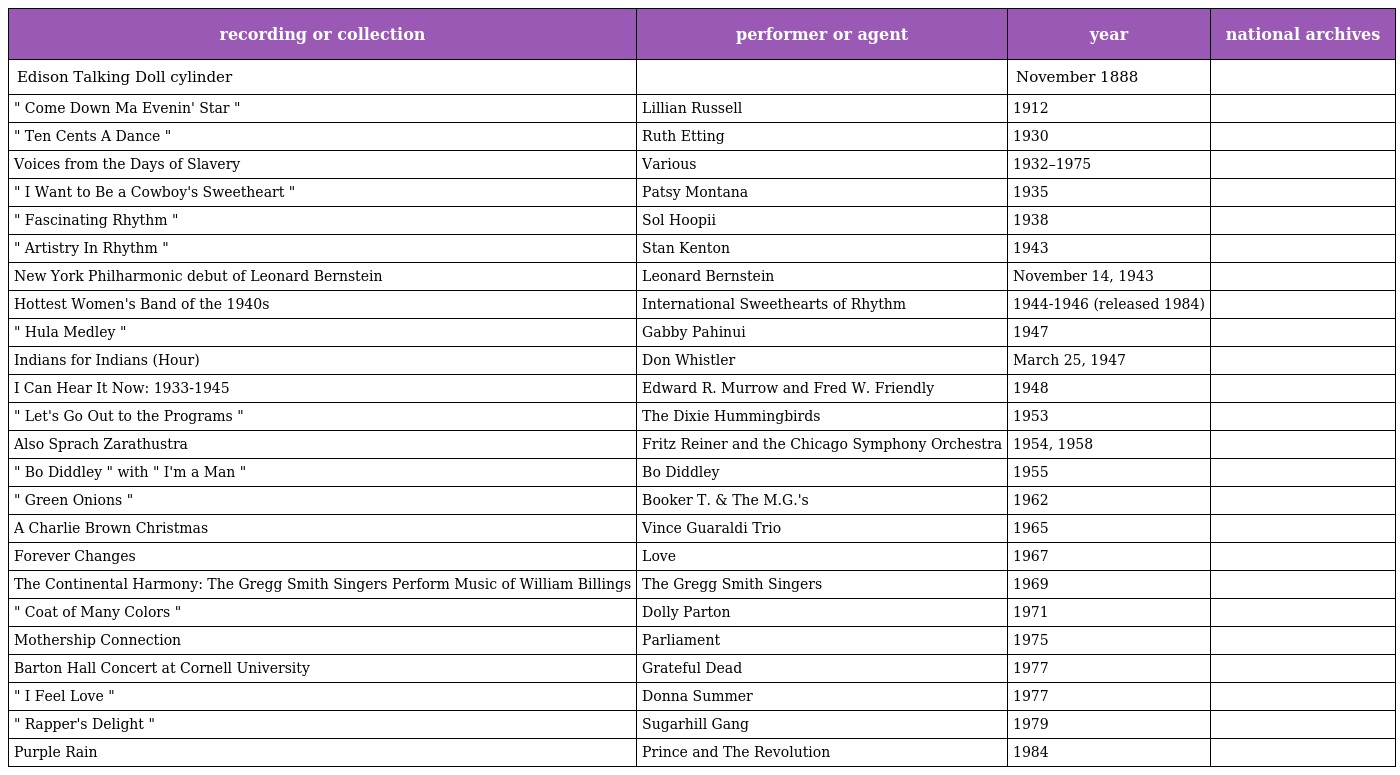
| recording or collection | performer or agent | year | national archives |
 | --- | --- | --- | --- |
 | Edison Talking Doll cylinder |  | November 1888 |  |
 | " Come Down Ma Evenin' Star " | Lillian Russell | 1912 |  |
 | " Ten Cents A Dance " | Ruth Etting | 1930 |  |
 | Voices from the Days of Slavery | Various | 1932–1975 |  |
 | " I Want to Be a Cowboy's Sweetheart " | Patsy Montana | 1935 |  |
 | " Fascinating Rhythm " | Sol Hoopii | 1938 |  |
 | " Artistry In Rhythm " | Stan Kenton | 1943 |  |
 | New York Philharmonic debut of Leonard Bernstein | Leonard Bernstein | November 14, 1943 |  |
 | Hottest Women's Band of the 1940s | International Sweethearts of Rhythm | 1944-1946 (released 1984) |  |
 | " Hula Medley " | Gabby Pahinui | 1947 |  |
 | Indians for Indians (Hour) | Don Whistler | March 25, 1947 |  |
 | I Can Hear It Now: 1933-1945 | Edward R. Murrow and Fred W. Friendly | 1948 |  |
 | " Let's Go Out to the Programs " | The Dixie Hummingbirds | 1953 |  |
 | Also Sprach Zarathustra | Fritz Reiner and the Chicago Symphony Orchestra | 1954, 1958 |  |
 | " Bo Diddley " with " I'm a Man " | Bo Diddley | 1955 |  |
 | " Green Onions " | Booker T. & The M.G.'s | 1962 |  |
 | A Charlie Brown Christmas | Vince Guaraldi Trio | 1965 |  |
 | Forever Changes | Love | 1967 |  |
 | The Continental Harmony: The Gregg Smith Singers Perform Music of William Billings | The Gregg Smith Singers | 1969 |  |
 | " Coat of Many Colors " | Dolly Parton | 1971 |  |
 | Mothership Connection | Parliament | 1975 |  |
 | Barton Hall Concert at Cornell University | Grateful Dead | 1977 |  |
 | " I Feel Love " | Donna Summer | 1977 |  |
 | " Rapper's Delight " | Sugarhill Gang | 1979 |  |
 | Purple Rain | Prince and The Revolution | 1984 |  |